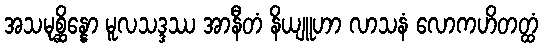
အသမုစ္ဆိန္နော မူလသဒ္ဒဿ အာနီတံ နိယျူဟာ လာသနံ လောကဟိတတ္ထံ